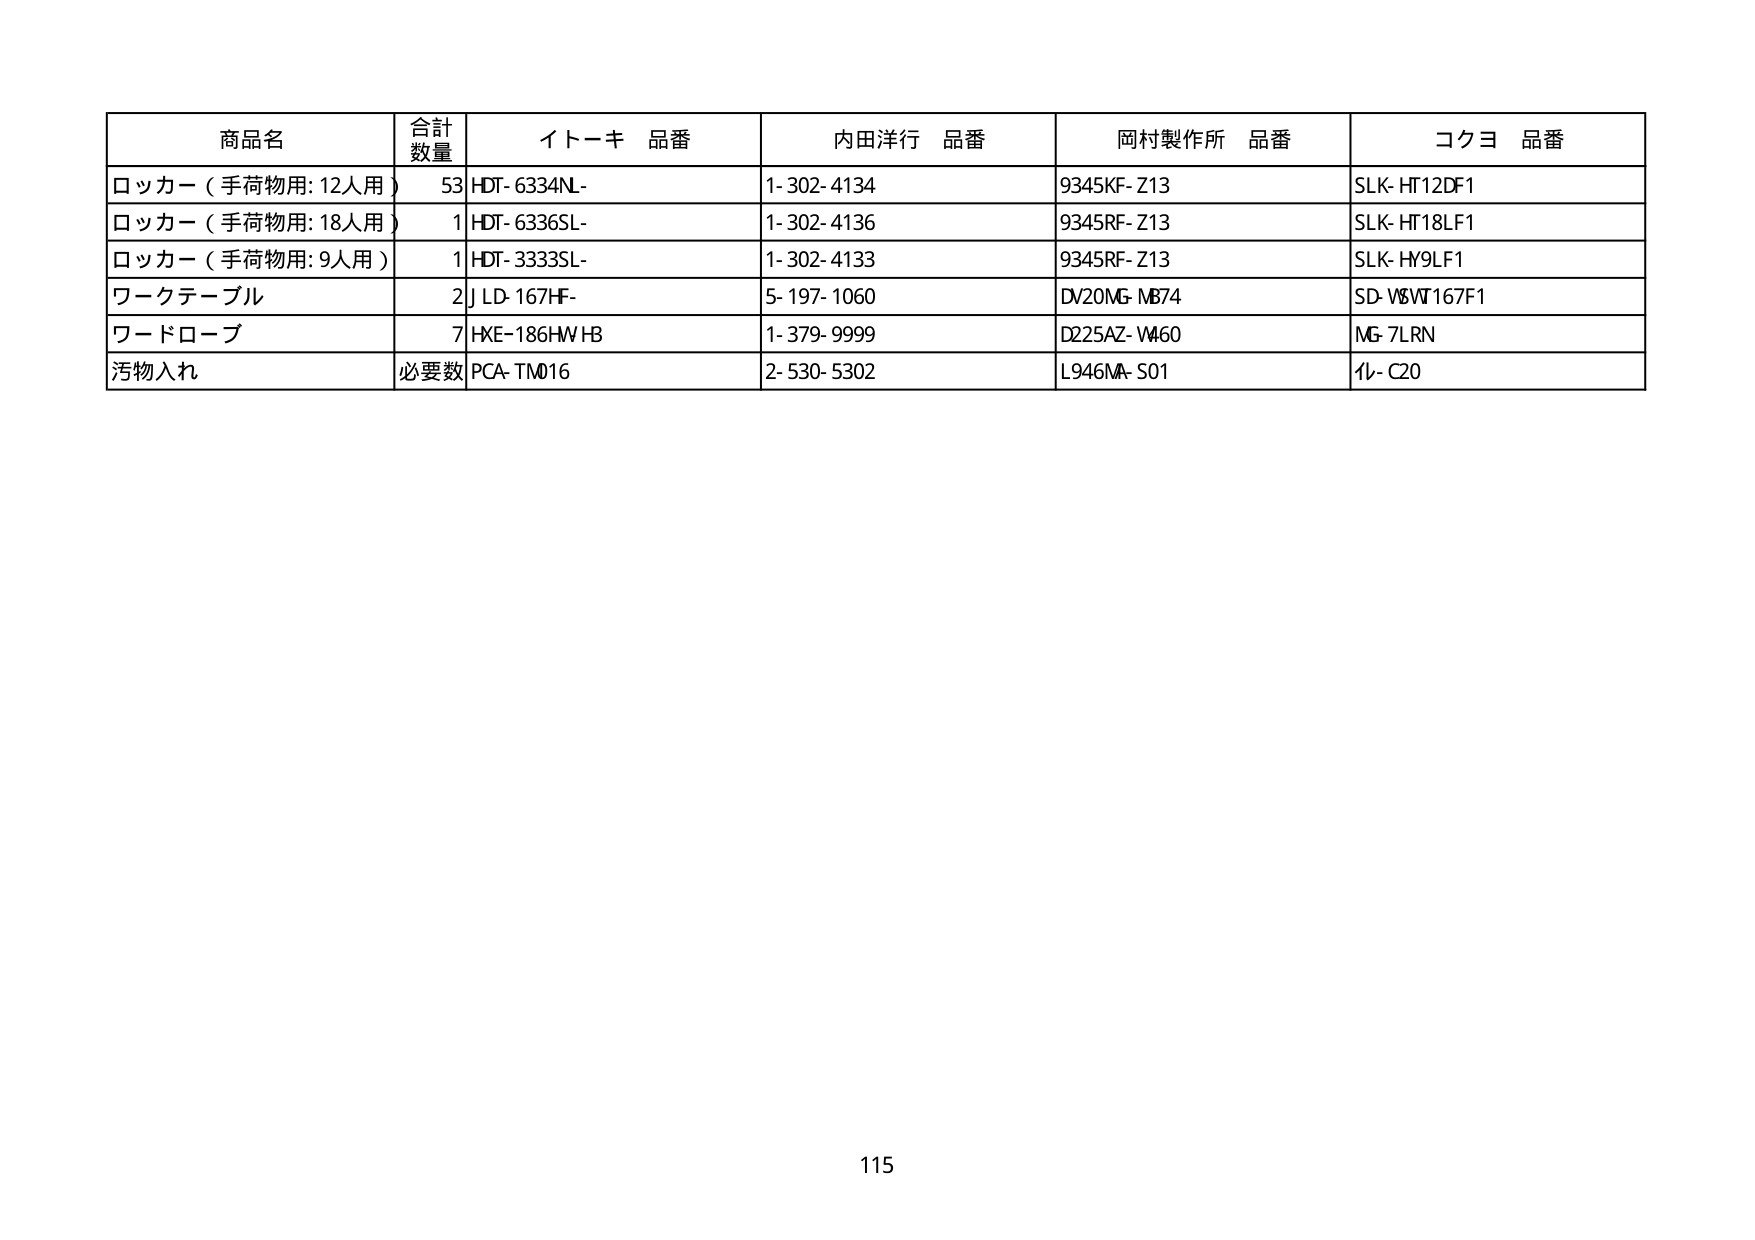
商品名 合計数量 イトーキ 品番 内田洋行 品番 岡村製作所 品番 コクヨ 品番
ロッカー（手荷物用: 12人用） 53 HDT-6334NL- 1-302-4134 9345KF-Z13 SLK-HT12DF1
ロッカー（手荷物用: 18人用） 1 HDT-6336SL- 1-302-4136 9345RF-Z13 SLK-HT18LF1
ロッカー（手荷物用: 9人用） 1 HDT-3333SL- 1-302-4133 9345RF-Z13 SLK-HY9LF1
ワークテーブル 2 JLD-167HF- 5-197-1060 DV20MG-MB74 SD-V8WT167F1
ワードローブ 7 HXE-186HW-HB 1-379-9999 D225AZ-M460 MG-7LRN
汚物入れ 必要数 PCA-TM016 2-530-5302 L946MA-S01 ｲﾚｰC20
115